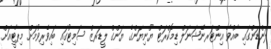
ލަންޑަންގައި ބާއްވާ އިންޓަރނޭޝަނަލް ޑިމޮކްރަޓް ޔޫނިޔަންގެ ޔަންގް ލީޑަރޒް ސަމިޓުގައި ބައިވެރިވުމަށް މިޕާޓީއަށް